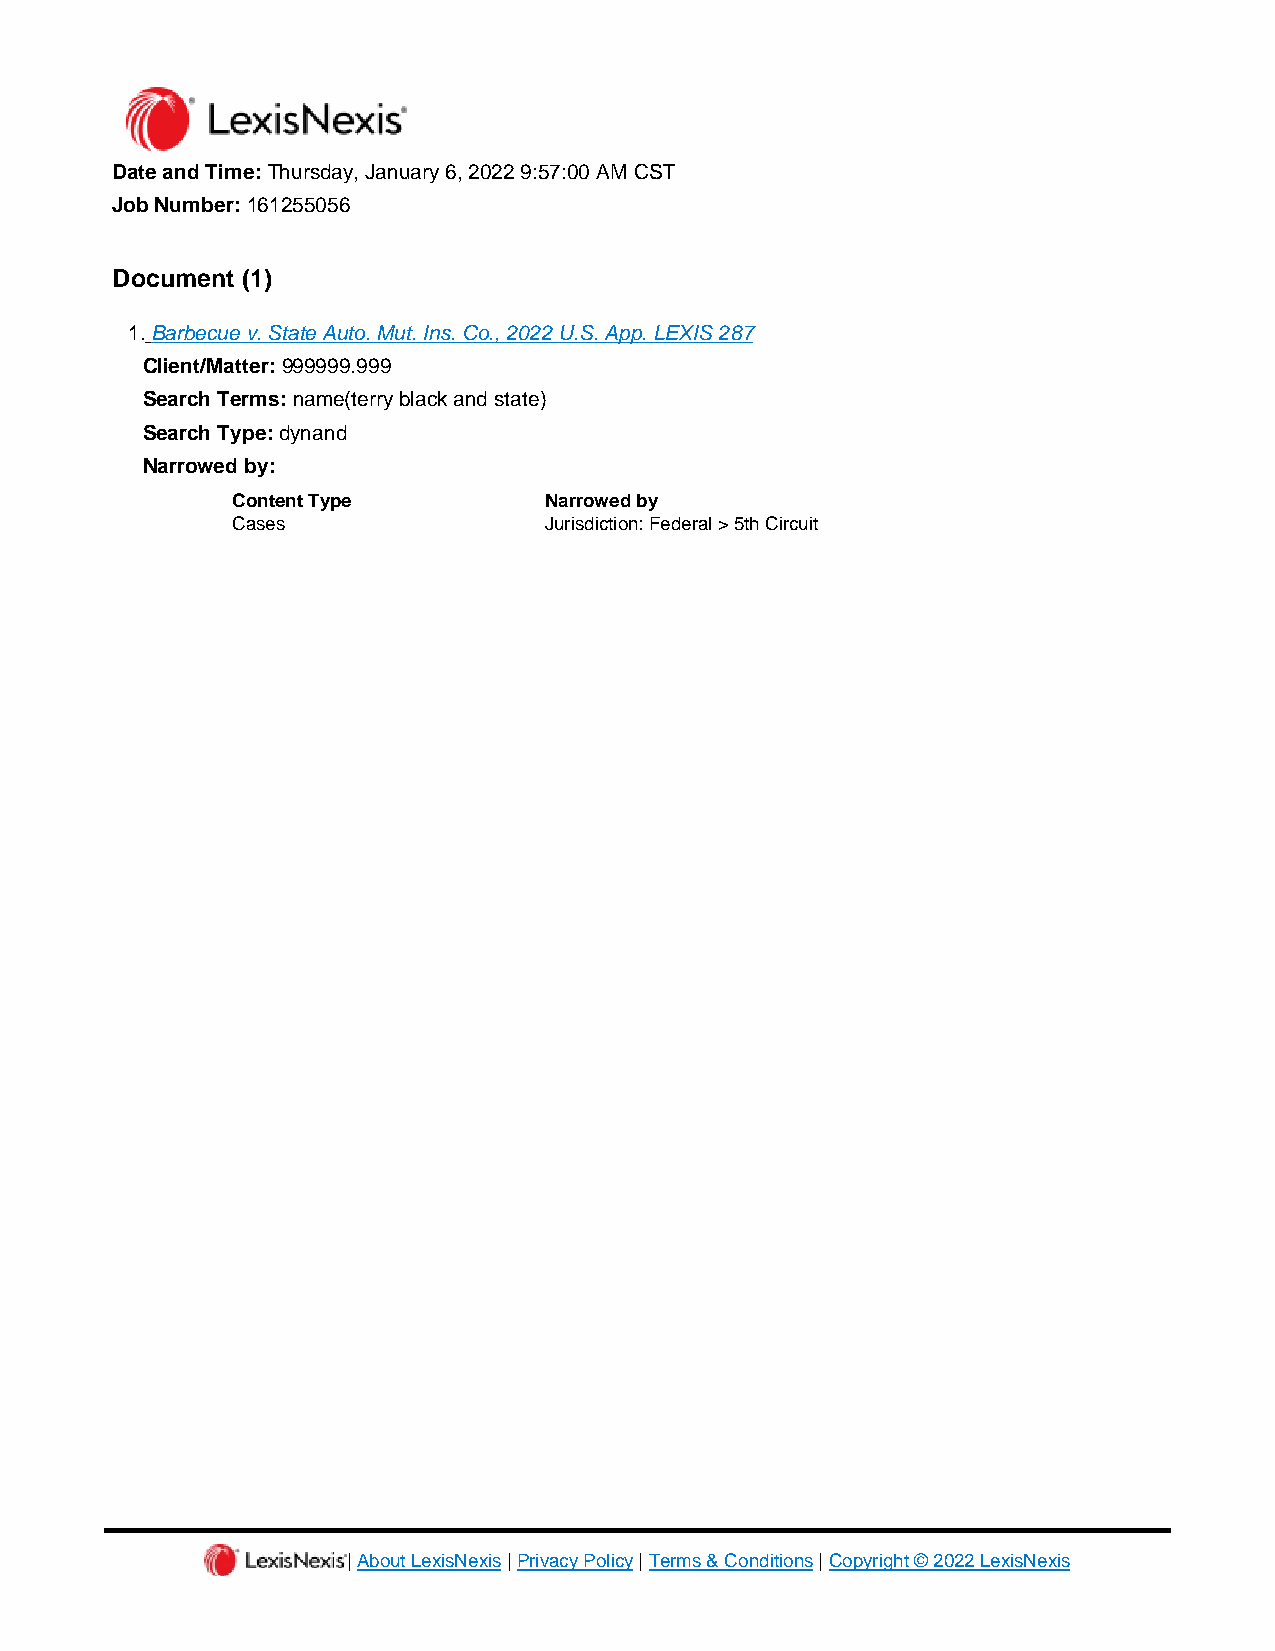
Date and Time: Thursday, January 6, 2022 9:57:00 AM CST
 Job Number: 161255056
 Document (1)
 1. Barbecue v. State Auto. Mut. Ins. Co., 2022 U.S. App. LEXIS 287
 Client/Matter: 999999.999
 Search Terms: name(terry black and state)
 Search Type: dynand
 Narrowed by:
 Content Type         Narrowed by
 Cases                Jurisdiction: Federal > 5th Circuit
 | About LexisNexis | Privacy Policy | Terms & Conditions | Copyright © 2022 LexisNexis